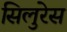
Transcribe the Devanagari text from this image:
सिलुरेस